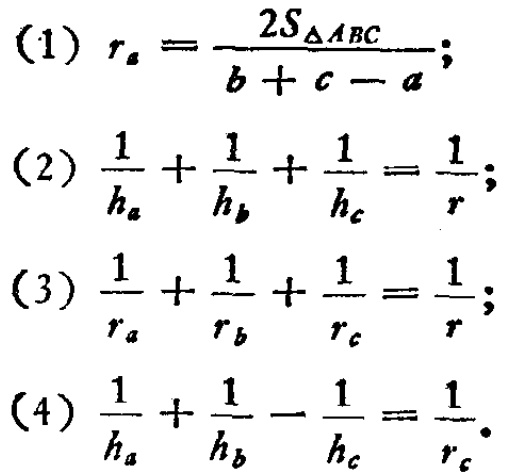
(1) \(r_{a}=\frac{2S_{\triangle ABC}}{b + c - a}\);

(2) \(\frac{1}{h_{a}}+\frac{1}{h_{b}}+\frac{1}{h_{c}}=\frac{1}{r}\);

(3) \(\frac{1}{r_{a}}+\frac{1}{r_{b}}+\frac{1}{r_{c}}=\frac{1}{r}\);

(4) \(\frac{1}{h_{a}}+\frac{1}{h_{b}}-\frac{1}{h_{c}}=\frac{1}{r_{c}}\).